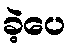
ခဲ့ပေ